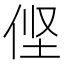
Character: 㑠